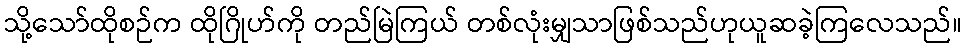
သို့သော်ထိုစဉ်က ထိုဂြိုဟ်ကို တည်မြဲကြယ် တစ်လုံးမျှသာဖြစ်သည်ဟုယူဆခဲ့ကြလေသည်။